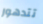
تتدهور